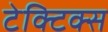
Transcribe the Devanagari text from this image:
टेक्टिक्स